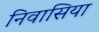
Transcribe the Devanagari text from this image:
निवासिया